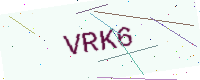
Text: VRK6